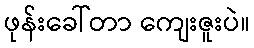
ဖုန်းခေါ်တာ ကျေးဇူးပဲ။